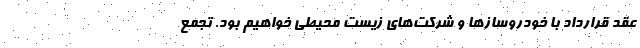
عقد قرارداد با خودروسازها و شرکت‌های زیست محیطی خواهیم بود. تجمع